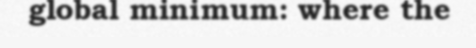
global minimum: where the